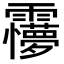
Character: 𩆽